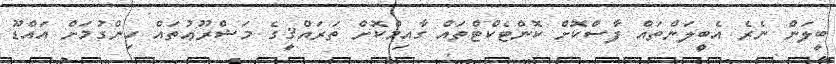
ބީލަން ނެރެ އެބީލަންތައް ފާސްކޮށް ކޮންޓެކްޓްތައް ގާއިމްކޮށް ތަރައްޤީގެ މަޝްރޫޢުތައް ހިންގުމަށް އައްޑޫ